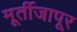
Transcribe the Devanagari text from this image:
मूर्तीजापूर